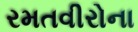
રમતવીરોના